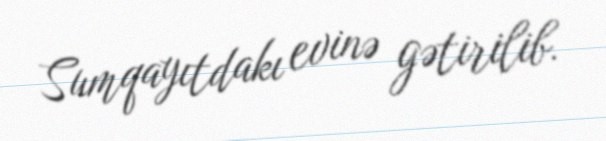
Sumqayıtdakı evinə gətirilib.